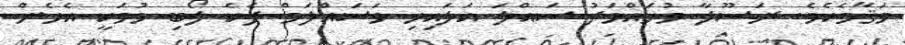
މަޤާމެކެވެ. ރަސޫލާ މުހައްމަދު ސައްލަ އަލައިހި ވަސައްލަމް ދެކެ ލޯބި ވުމަކީ އެހެން